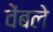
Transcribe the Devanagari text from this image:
वेंबले